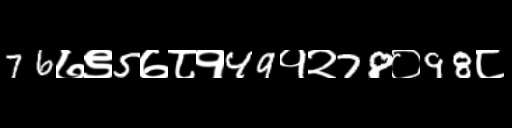
Text: 76७९5७८१49१२78०98८